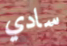
سادي